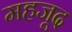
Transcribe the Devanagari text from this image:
महजूद